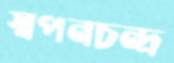
স্বপনচন্দ্র